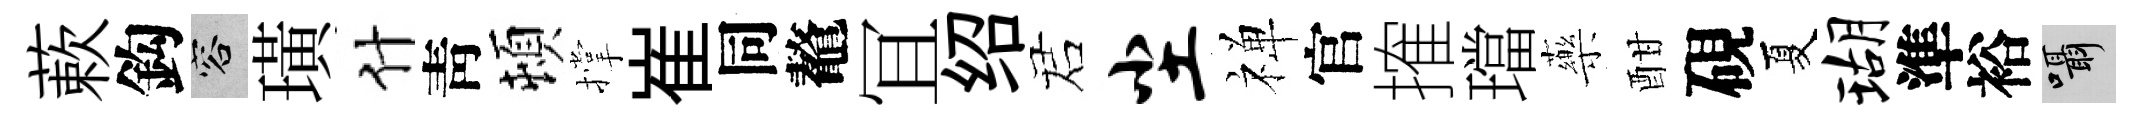
蔌鈎容璜什靑頓撑崔同鼇冝绍诺尘禅官搉璫藥酣硯夏瑚準裕囁